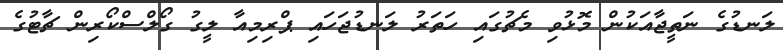
ލަނޑުގެ ނަތީޖާއަކުން މޮޅުވި މެޗުގައި ހަތަރު ލަނޑުޖަހައި ޕްރިމިއާ ލީގު ގޯލްސްކޯރިން ޗާޓުގެ